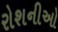
રોશનીઓ